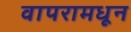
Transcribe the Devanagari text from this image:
वापरामधून